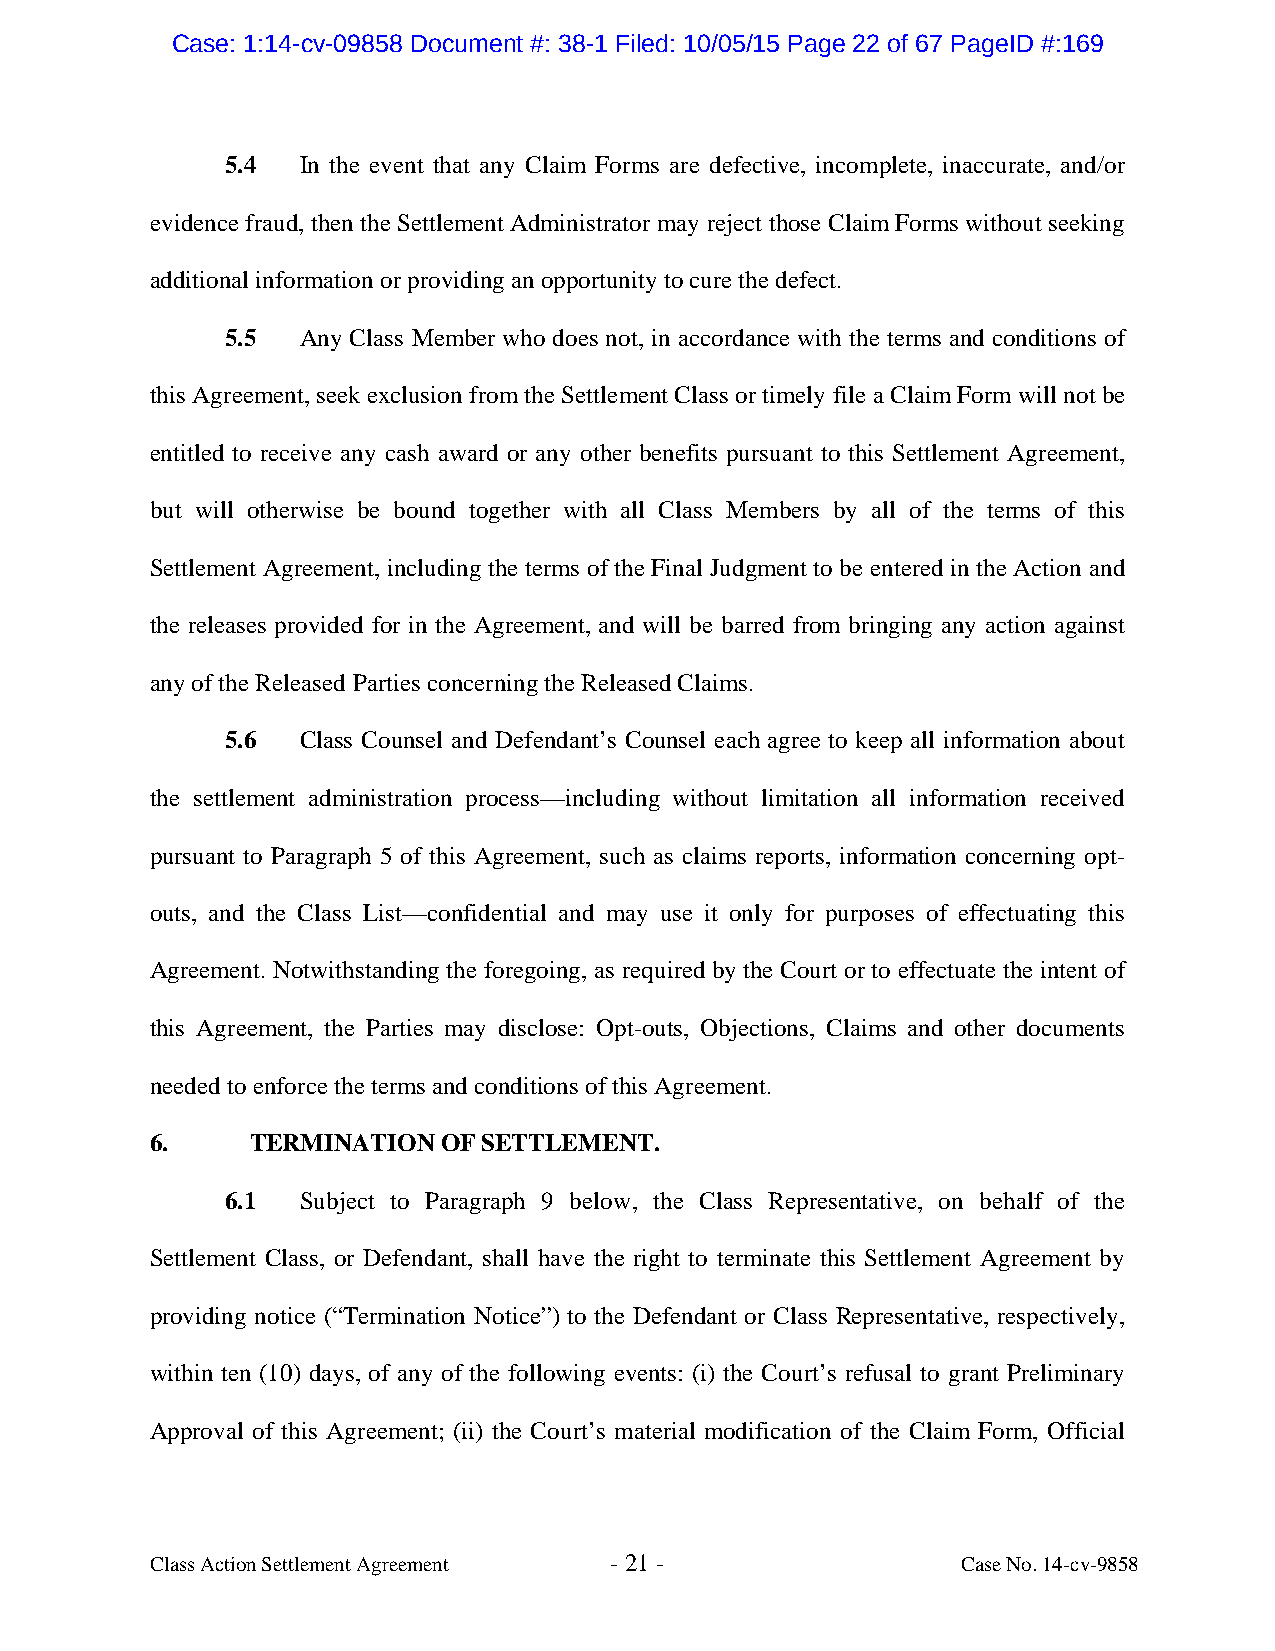
Case: 1:14-cv-09858 Document #: 38-1 Filed: 10/05/15 Page 22 of 67 PageID #:169
 5.4  In the event that any Claim Forms are defective, incomplete, inaccurate, and/or
 evidence fraud, then the Settlement Administrator may reject those Claim Forms without seeking
 additional information or providing an opportunity to cure the defect.
 5.5  Any Class Member who does not, in accordance with the terms and conditions of
 this Agreement, seek exclusion from the Settlement Class or timely file a Claim Form will not be
 entitled to receive any cash award or any other benefits pursuant to this Settlement Agreement,
 but will otherwise be bound together with all Class Members by all of the terms of this
 Settlement Agreement, including the terms of the Final Judgment to be entered in the Action and
 the releases provided for in the Agreement, and will be barred from bringing any action against
 any of the Released Parties concerning the Released Claims.
 5.6  Class Counsel and Defendant’s Counsel each agree to keep all information about
 the settlement administration process—including without limitation all information received
 pursuant to Paragraph 5 of this Agreement, such as claims reports, information concerning opt-
 outs, and the Class List—confidential and may use it only for purposes of effectuating this
 Agreement. Notwithstanding the foregoing, as required by the Court or to effectuate the intent of
 this Agreement, the Parties may disclose: Opt-outs, Objections, Claims and other documents
 needed to enforce the terms and conditions of this Agreement.
 6.     TERMINATION OF SETTLEMENT.
 6.1  Subject to Paragraph 9 below, the Class Representative, on behalf of the
 Settlement Class, or Defendant, shall have the right to terminate this Settlement Agreement by
 providing notice (“Termination Notice”) to the Defendant or Class Representative, respectively,
 within ten (10) days, of any of the following events: (i) the Court’s refusal to grant Preliminary
 Approval of this Agreement; (ii) the Court’s material modification of the Claim Form, Official
 Class Action Settlement Agreement - 21 -              Case No. 14-cv-9858